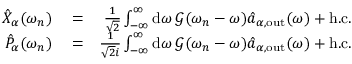
\begin{array} { r l r } { \hat { X } _ { \alpha } ( \omega _ { n } ) } & { { } = } & { \frac { 1 } { \sqrt { 2 } } \int _ { - \infty } ^ { \infty } \mathrm { d } \omega \, \mathcal { G } ( \omega _ { n } - \omega ) \hat { a } _ { \alpha , \mathrm { o u t } } ( \omega ) + \mathrm { h . c . } } \\ { \hat { P } _ { \alpha } ( \omega _ { n } ) } & { { } = } & { \frac { 1 } { \sqrt { 2 } i } \int _ { - \infty } ^ { \infty } \mathrm { d } \omega \, \mathcal { G } ( \omega _ { n } - \omega ) \hat { a } _ { \alpha , \mathrm { o u t } } ( \omega ) + \mathrm { h . c . } } \end{array}